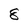
Character: 8